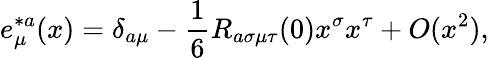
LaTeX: e_{\mu}^{*a}(x)=\delta_{a\mu}-{\frac{1}{6}}R_{a\sigma\mu\tau}(0)x^{\sigma}x^{\tau}+O(x^{2}),